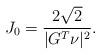
LaTeX: \begin{align*}J_0 = \frac{2 \sqrt{2}}{| G^T \nu |^2 }.\end{align*}